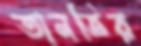
তানভির